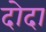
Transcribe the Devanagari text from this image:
दोदा